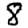
Digit: 8